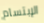
الإبتسام